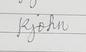
Signature authenticity: genuine